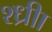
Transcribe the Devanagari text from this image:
श्ध्रीा